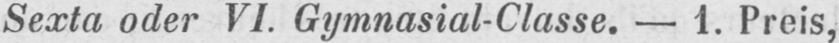
Sexta oder VI. Gymnasial-Classe. - 1. Preis,